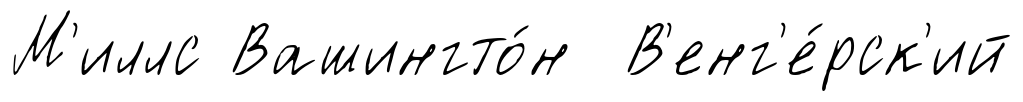
М'иллс Вашингто́н В'енг'е́рск'ий